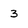
Character: 3